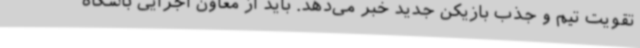
تقویت تیم و جذب بازیکن جدید خبر می‌دهد. باید از معاون اجرایی باشگاه